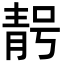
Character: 𮧃